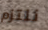
نلتزم